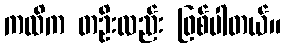
ကထိက တဦးလည်း ဖြစ်ပါတယ်။